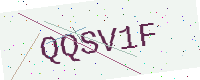
Text: QQSV1F